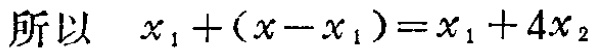
所以 \(x_{1}+(x - x_{1})=x_{1}+4x_{2}\)